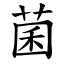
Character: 菌